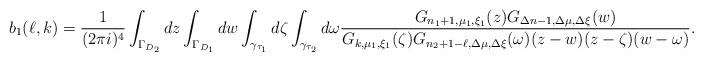
LaTeX: \begin{align*}b_1(\ell,k)=\frac 1{(2\pi i)^4}\int_{\Gamma_{D_2}}dz\int_{\Gamma_{D_1}}dw\int_{\gamma_{\tau_1}}d\zeta\int_{\gamma_{\tau_2}}d\omega\frac{G_{n_1+1,\mu_1,\xi_1}(z)G_{\Delta n-1,\Delta\mu,\Delta\xi}(w)}{G_{k,\mu_1,\xi_1}(\zeta)G_{n_2+1-\ell,\Delta\mu,\Delta\xi}(\omega)(z-w)(z-\zeta)(w-\omega)}.\end{align*}